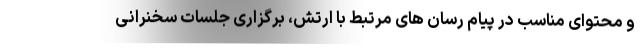
و محتوای مناسب در پیام رسان های مرتبط با ارتش، برگزاری جلسات سخنرانی